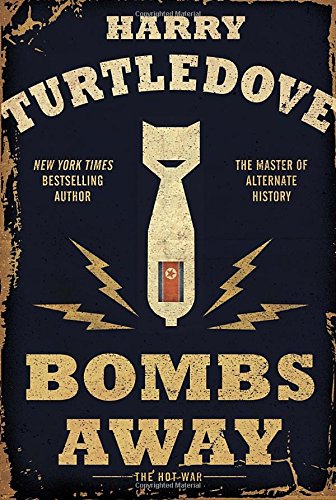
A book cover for Bombs Away: The Hot War (Hot War, The); Harry Turtledove; Science Fiction & Fantasy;